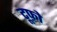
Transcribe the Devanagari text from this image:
टूफ़ो